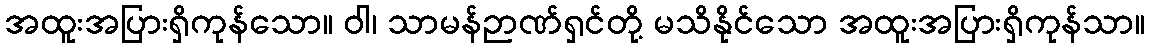
အထူးအပြားရှိကုန်သော။ ဝါ၊ သာမန်ဉာဏ်ရှင်တို့ မသိနိုင်သော အထူးအပြားရှိကုန်သာ။